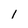
Character: 1